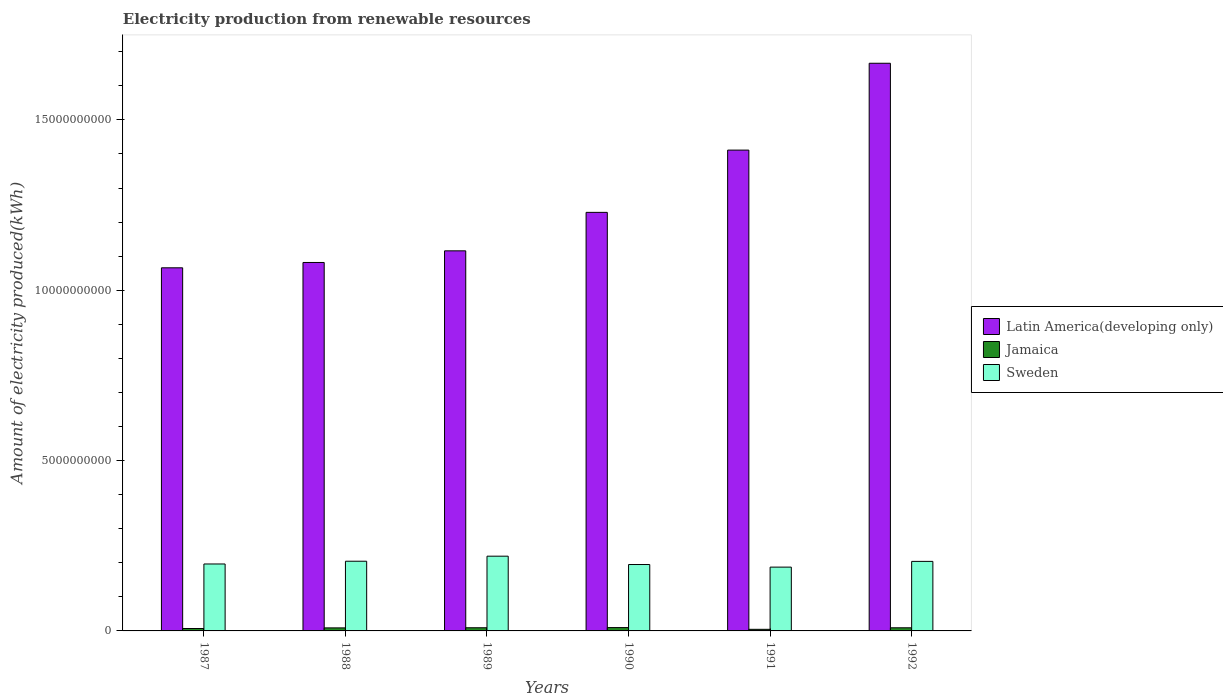
| Years | Latin America(developing only) | Jamaica | Sweden |
 | --- | --- | --- | --- |
 | 1987 | 1.07e+10 | 7.1e+07 | 1.96e+09 |
 | 1988 | 1.08e+10 | 8.9e+07 | 2.05e+09 |
 | 1989 | 1.12e+10 | 9.3e+07 | 2.19e+09 |
 | 1990 | 1.23e+10 | 9.8e+07 | 1.95e+09 |
 | 1991 | 1.41e+10 | 4.7e+07 | 1.87e+09 |
 | 1992 | 1.67e+10 | 9.2e+07 | 2.04e+09 |